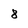
Character: 8